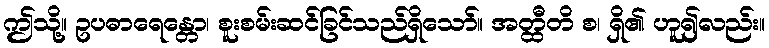
ဤသို့။ ဥပဓာရေန္တော၊ စူးစမ်းဆင်ခြင်သည်ရှိသော်။ အတ္ထီတိ စ၊ ရှိ၏ ဟူ၍လည်း။